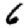
Digit: 6